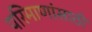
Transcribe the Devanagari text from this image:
परिमाणांसाठी